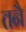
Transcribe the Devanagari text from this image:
तनै